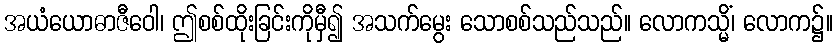
အယံယောဓာဇီဝေါ၊ ဤစစ်ထိုးခြင်းကိုမှီ၍ အသက်မွေး သောစစ်သည်သည်။ လောကသ္မိံ၊ လောက၌။